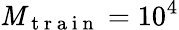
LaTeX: \mathit{M}_{\mathrm{{~t~r~a~i~n~}}}=10^{4}